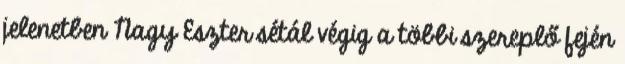
jelenetben Nagy Eszter sétál végig a többi szereplő fején